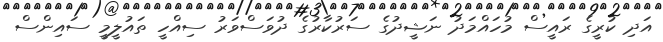
އަދި ކުރީގެ ރައީސް މުހައްމަދު ނަޝީދުގެ ސަރުކާރުގެ ދުވަސްވަރު ސިއްހީ ތައުލީމީ ސައިންސް